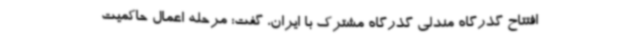
افتتاح گذرگاه مندلی گذرگاه مشترک با ایران، گفت: مرحله اعمال حاکمیت